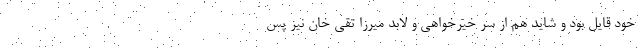
خود قایل بود و شاید هم از سر خیر‌خواهی و لابد میرزا تقی خان نیز پس